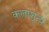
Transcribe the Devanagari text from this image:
कलाशून्य